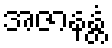
အဇာနန္တံ